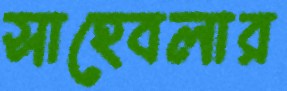
সাহেবলার